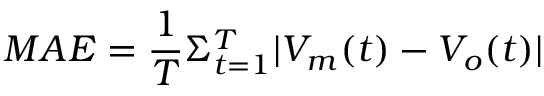
M A E = \frac { 1 } { T } \Sigma _ { t = 1 } ^ { T } | V _ { m } ( t ) - V _ { o } ( t ) |